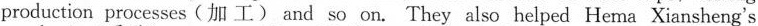
production processes (加 工) and so on. They also helped He ma Xiansheng's